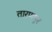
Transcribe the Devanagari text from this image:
तारणपुर